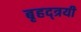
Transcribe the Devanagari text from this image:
बृहद्त्रयी